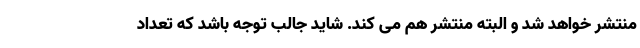
منتشر خواهد شد و البته منتشر هم می کند. شاید جالب توجه باشد که تعداد